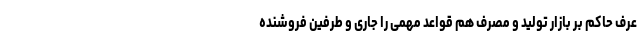
عرف حاکم بر بازار تولید و مصرف هم قواعد مهمی را جاری و طرفین فروشنده